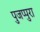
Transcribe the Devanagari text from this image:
पुजप्पुरा